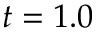
t = 1 . 0